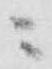
ニ